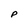
Character: P